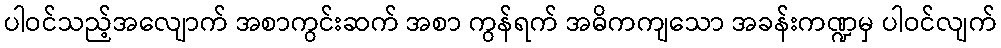
ပါဝင်သည့်အလျောက် အစာကွင်းဆက် အစာ ကွန်ရက် အဓိကကျသော အခန်းကဏ္ဍမှ ပါဝင်လျက်